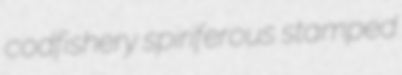
codfishery spiriferous stamped